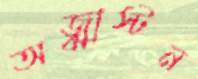
অজ্ঝাস্টন